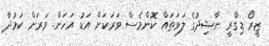
ޒީރޯ ޑިގްރީ ނާޝިދުގެ ލަވަތައް ކޮންމެސް ވަރަކަށް އަޑު އަހަން. ވަރަށް ކަމުދާ